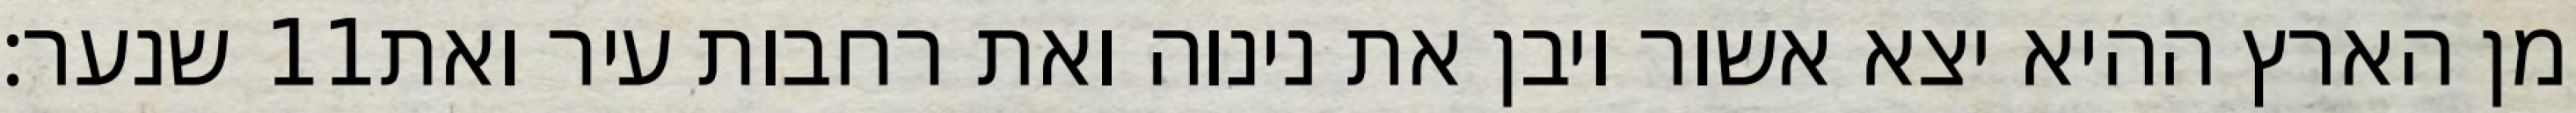
שנער׃ ‎11‏ מן הארץ ההיא יצא אשור ויבן את נינוה ואת רחבות עיר ואת